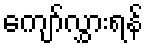
ကျော်လွှားရန်